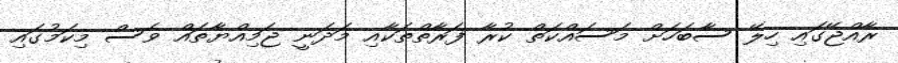
ރާއްޖޭގައި ހިލޭ ސާބަހަށް މަސައްކަތް ކުރާ ފަރާތްތަކާއި މަދަނީ ޖަމިއްޔާތައް ވެސް މިކަމުގައި